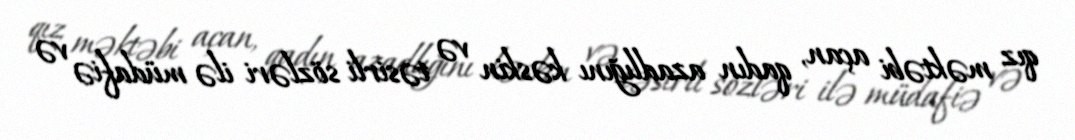
qız məktəbi açan, qadın azadlığını kəskin və təsirli sözləri ilə müdafiə və